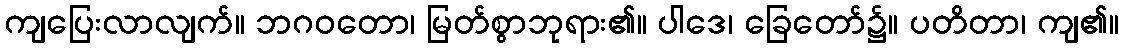
ကျပြေးလာလျက်။ ဘဂဝတော၊ မြတ်စွာဘုရား၏။ ပါဒေ၊ ခြေတော်၌။ ပတိတာ၊ ကျ၏။